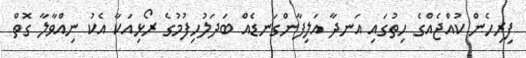
ފިރިހެން ކުއްޖެއްގެ ހިތުގައި އަނދާ އަލިފާންގަނޑެއް ބަދަލުހިފުމުގެ ރޯޅިއަކާ އެކު ނިއްވާލާ ގޮތް